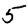
Digit: 5